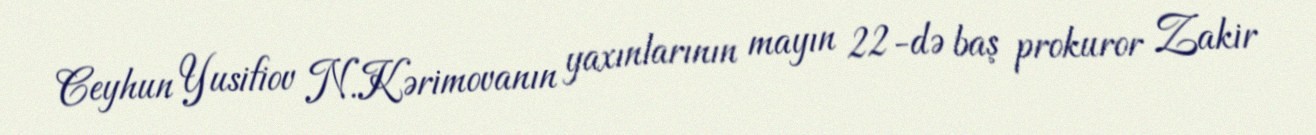
Ceyhun Yusifiov N.Kərimovanın yaxınlarının mayın 22-də baş prokuror Zakir